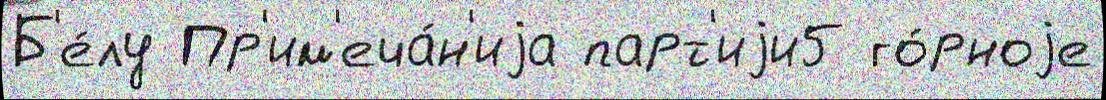
Б'е́лу Пр'им'еча́н'иjа парт'иjи5 го́рноjе